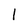
Character: l